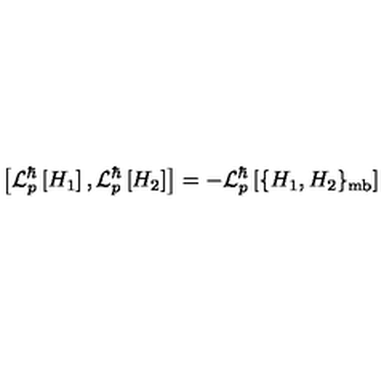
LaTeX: \left[ { \cal L } _ { p } ^ { \hbar } \left[ H _ { 1 } \right] , { \cal L } _ { p } ^ { \hbar } \left[ H _ { 2 } \right] \right] = - { \cal L } _ { p } ^ { \hbar } \left[ \{ H _ { 1 } , H _ { 2 } \} _ { \mathrm { m b } } \right]